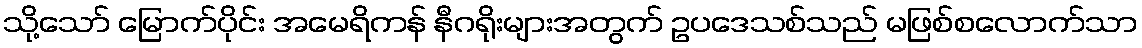
သို့သော် မြောက်ပိုင်း အမေရိကန် နီဂရိုးများအတွက် ဥပဒေသစ်သည် မဖြစ်စလောက်သာ